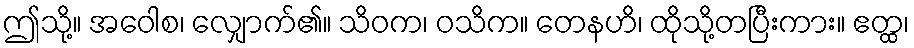
ဤသို့။ အဝေါစ၊ လျှောက်၏။ သိဝက၊ ဝသိက။ တေနဟိ၊ ထိုသို့တပြီးကား။ ဧတ္ထ၊